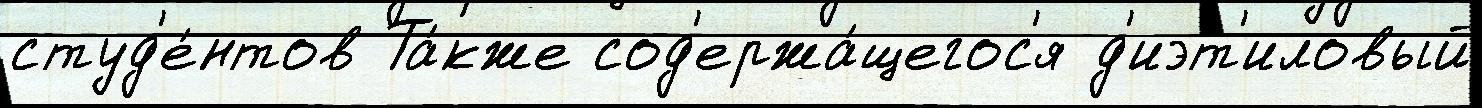
студ'е́нтов Та́кже сод'ержа́щегос'я д'иэт'иловый